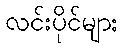
လင်းပိုင်များ